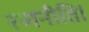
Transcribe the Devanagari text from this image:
रणनीति।